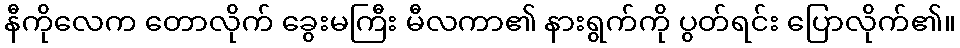
နီကိုလေက တောလိုက် ခွေးမကြီး မီလကာ၏ နားရွက်ကို ပွတ်ရင်း ပြောလိုက်၏။